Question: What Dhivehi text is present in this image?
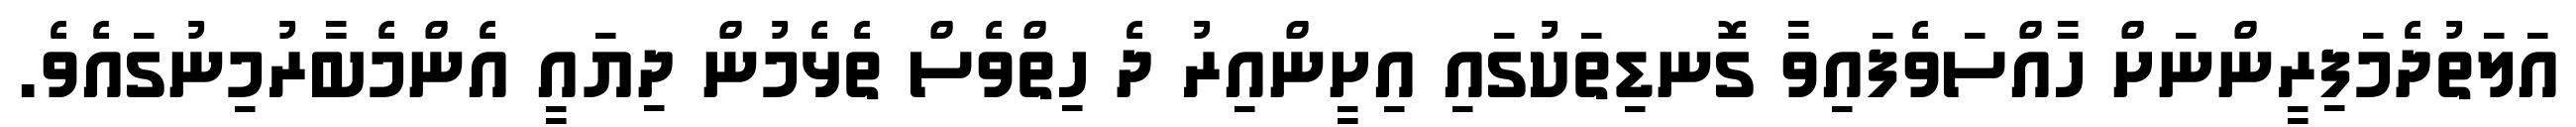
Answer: އަލަތުދެމަފިރީންނަށް ހާއްސަވެފައިވާ ގޮނޑިތަކުގައި އިށީންއިރު ދެ ހިތްވެސް ތެޅެމުން ދިޔައީ އެންމެބާރުމިނުގައެވެ.